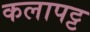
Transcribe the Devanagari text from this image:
कलापट्ट